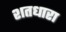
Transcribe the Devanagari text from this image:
शतधारा